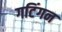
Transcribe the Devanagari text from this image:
गटिंगन